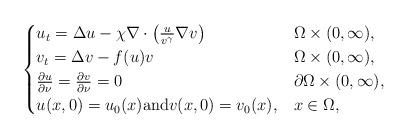
LaTeX: \begin{align*}\begin{cases}u_t=\Delta u -\chi \nabla \cdot \big(\frac{u}{v^\gamma} \nabla v\big) & \Omega\times(0,\infty), \\v_t=\Delta v-f(u) v & \Omega\times(0,\infty),\\\frac{\partial u}{\partial \nu}=\frac{\partial v}{\partial \nu}=0 & \partial\Omega\times(0,\infty),\\u(x,0)=u_{0}(x) \textrm{and}v(x,0)=v_0(x),& x\in \Omega,\end{cases}\end{align*}